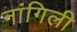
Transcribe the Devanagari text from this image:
नांगिली